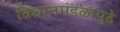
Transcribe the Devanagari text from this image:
विधानमंडळापुढे